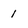
Character: 1